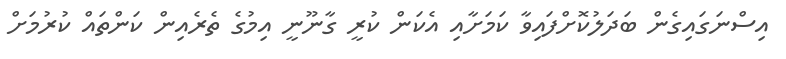
އިސްނަގައިގެން ބަދަލުކޮށްފައިވާ ކަމަށާއި އެކަން ކުރީ ގާނޫނީ އިމުގެ ތެރެއިން ކަންތައް ކުރުމަށް